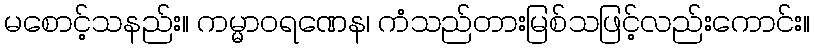
မစောင့်သနည်း။ ကမ္မာဝရဏေန၊ ကံသည်တားမြစ်သဖြင့်လည်းကောင်း။